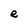
Character: e